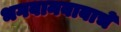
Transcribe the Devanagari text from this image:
भगवानबाबाचे